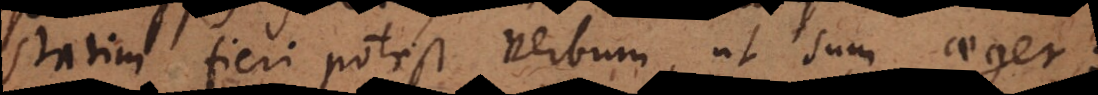
statim fieri potest verbum, ut sum aeger;